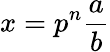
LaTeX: x=p^{n}{\frac{a}{b}}